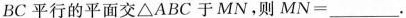
BC平行的平面交\triangle ABC于MN，则$$MN=___$$.